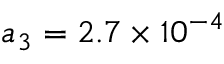
a _ { 3 } = 2 . 7 \times 1 0 ^ { - 4 }